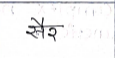
मजकूर: सैर